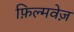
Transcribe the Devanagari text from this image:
फ़िल्मवेज़